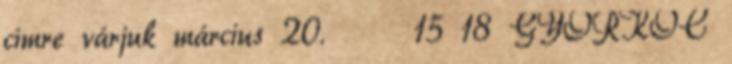
címre várjuk március 20. 15 18 GYŐRKŐC